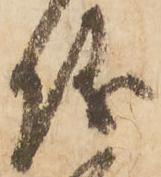
儀